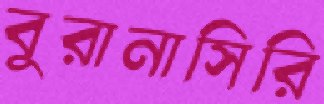
বুরানাসিরি